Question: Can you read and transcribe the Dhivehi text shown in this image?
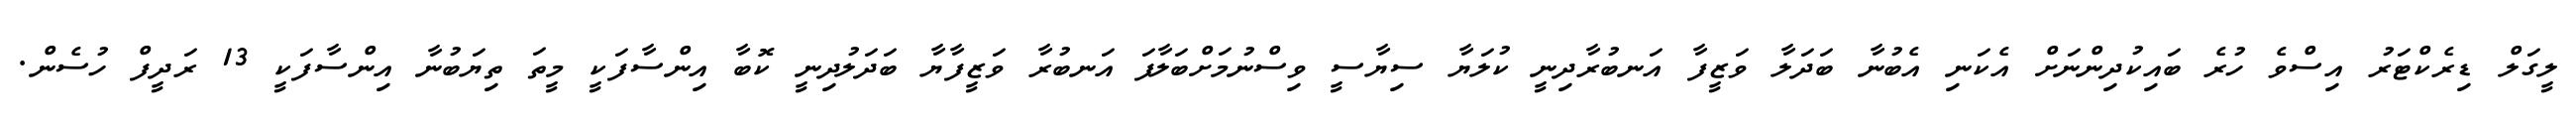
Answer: ލީގަލް ޑިރެކްޓަރު އިސްވެ ހުރެ ބައިކުދިންނަށް އެކަނި އެބުނާ ބަދަލާ ވަޒީފާ އަނބުރާދިނީ ކުލަޔާ ސިޔާސީ ވިސްނުމަށްބަލާފަ އަނބުރާ ވަޒީފާޔާ ބަދަލުދިނީ ކޮބާ އިންސާފަކީ މީތަ ތިޔަބުނާ އިންސާފަކީ 13 ރަދީފް ހުސެން.